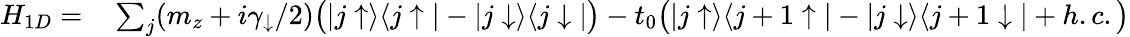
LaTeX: \begin{array}{rl}{H_{1D}=}&{{}\sum_{j}(m_{z}+i\gamma_{\downarrow}/2)\bigr(|j\uparrow\rangle\langle j\uparrow|-|j\downarrow\rangle\langle j\downarrow|\bigr)-t_{0}\bigr(|j\uparrow\rangle\langle j+1\uparrow|-|j\downarrow\rangle\langle j+1\downarrow|+h.c.\bigr)}\end{array}